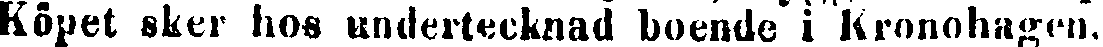
Köpet sker hos undertecknad boende i Kronohagen.